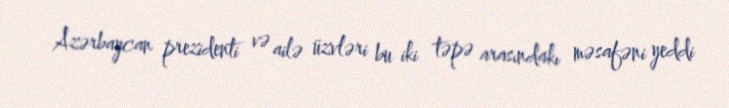
Azərbaycan prezidenti və ailə üzvləri bu iki təpə arasındakı məsafəni yeddi